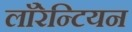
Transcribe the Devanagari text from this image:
लाॅरेन्टियन